Indian journal of veterinary science and animal husbandry - Volume 1,
Year: 1931
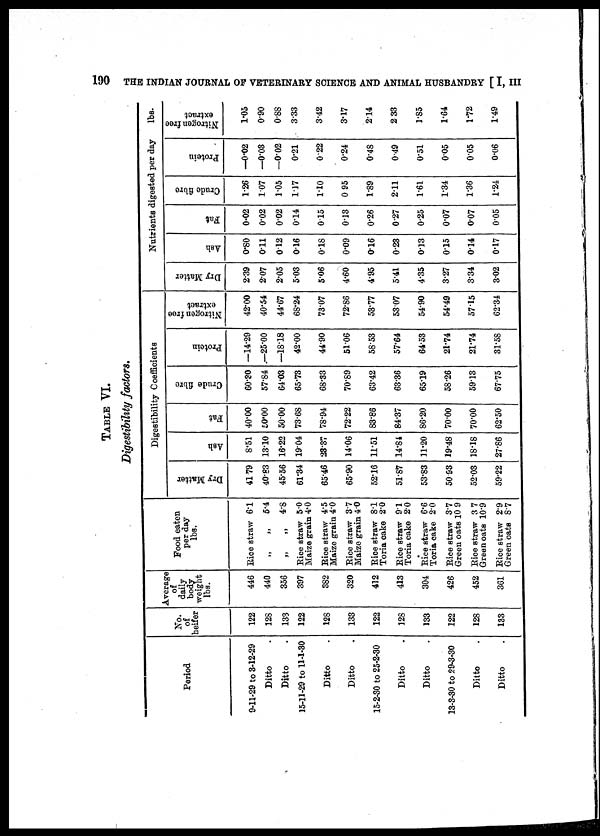
190
THE INDIAN JOURNAL OF VETERINARY SCIENCE AND ANIMAL HUSBANDRY [ I, III
TABLE VI.
Digestibility factors.
Period
9-11-29 to 3-12-29
Ditto
Ditto
15-11-29 to 11-1-30
Ditto
Ditto
15-2-30 to 25-2-30
Ditto
Ditto
13-3-30 to 29-3-30
Ditto
Ditto
No.
of
heifer
122
128
133
122
128
133
122
128
133
122
128
133
Average
of
daily
body
weight
lbs.
446
440
356
397
382
320
412
413
304
426
452
361
Food eaten
per day
lbs.
Rice straw 6.1
„ „ 5.4
„
„
4.8
Rice straw 5.0
Maize grain 4.0
Rice straw 4.5
Maize grain 4.0
Eice straw 3.7
Maize grain 4.0
Rice straw 8.1
Toria cake 2.0
Rice straw 9.1
Toria cake 2.0
Rice straw 6.6
Toria cake 20
Rice straw 3.7
Green oats 10 9
Rice straw 3.7
Green oats 10.9
Rice straw 2.9
Green oats 8.7
Digestibility Coefficients
Dry Matter
41.79
40.83
45.56
61.34
65.46
65.90
52.16
51.87
53.83
50.93
52.03
59.22
Ash
8.51
13.10
16.22
19.04
23.37
14.06
11.51
14.84
11.20
19.48
18.18
27.86
Fat
40.00
50.00
50.00
73.68
78.94
72.22
83.86
84.37
86.20
70.00
70.00
62.50
Crude fibre
60.30
57.84
64.03
65.73
68.33
70.89
63.42
63.36
65.19
58.26
59.13
67.75
Protein
—14.29
—25.00
—18.18
42.00
44.90
51.06
58.53
57.64
64.53
21.74
21.74
31.58
Nitrogen free
extract
42.00
40.54
44.67
68.24
73.07
72.86
53.77
53.07
54.90
54.49
57.15
62.34
Dry Matter
2.39
2.07
2.05
5.03
5.06
4.60
4.95
5.41
4.35
3.27
3.34
3.02
Nutrients digested per day
lbs.
Ash
0.80
0.11
0.12
0.16
0.18
0.09
0.16
0.23
0.13
0.15
0.14
0.17
Fat
0.02
0.02
0.02
0.14
0.15
0.13
0.26
0.27
0.25
0.07
0.07
0.05
Crude fibre
1.26
1.07
1.05
1.17
1.10
0.95
1.89
2.11
1.61
1.34
1.36
1.24
Protein
—0.02
—0.03
—0.02
0.21
0.22
0.24
0.48
0.49
0.51
0.05
0.05
0.06
Nitrogen free
extract
1.05
0.90
0.88
3.33
3.42
3.17
2.14
2.33
1.85
1.64
1.72
1.49